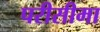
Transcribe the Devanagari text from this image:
परीसीमा